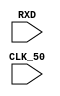
// Generator : SpinalHDL v1.4.3    git head : adf552d8f500e7419fff395b7049228e4bc5de26
// Component : TopLevel
// Git hash  : 70ccc53ccf1e06766e9b4aba6c2df3030f348071



module TopLevel (
  /* verilator lint_off UNUSED */
  input               RXD,
  /* verilator lint_off UNUSED */
  input               CLK_50
);
  /* verilator lint_off UNDRIVEN */
  wire                _zz_2;
  /* verilator lint_off UNDRIVEN */
  wire                _zz_3;
  wire                pll100_c0;
  wire                pll100_locked;
  wire                rstCtrl_io_globalReset;
  wire                bufferCC_1_io_dataOut;
  wire                _zz_1;

  /*pll pll100 (
    .inclk0    (CLK_50         ), //i
    .c0        (pll100_c0      ), //o
    .locked    (pll100_locked  )  //o
  );*/
  ResetController rstCtrl (
    .io_clock            (CLK_50                  ), //i
    .io_externalReset    (_zz_2                   ), //i
    .io_globalReset      (rstCtrl_io_globalReset  )  //o
  );
  BufferCC bufferCC_1 (
    .io_dataIn     (_zz_3                  ), //i
    .io_dataOut    (bufferCC_1_io_dataOut  ), //o
    .CLK_50        (CLK_50                 ), //i
    ._zz_1         (_zz_1                  )  //i
  );
  assign _zz_1 = (rstCtrl_io_globalReset || (! pll100_locked));
  assign _zz_3 = 1'b0;

endmodule

/* verilator lint_off DECLFILENAME */
module BufferCC (
/* verilator lint_off DECLFILENAME */
  input               io_dataIn,
  output              io_dataOut,
  input               CLK_50,
  input               _zz_1
);
  (* async_reg = "true" *) reg                 buffers_0;
  (* async_reg = "true" *) reg                 buffers_1;

  assign io_dataOut = buffers_1;
  always @ (posedge CLK_50 or posedge _zz_1) begin
    if (_zz_1) begin
      buffers_0 <= 1'b1;
      buffers_1 <= 1'b1;
    end else begin
      buffers_0 <= io_dataIn;
      buffers_1 <= buffers_0;
    end
  end


endmodule

module ResetController (
  input               io_clock,
  input               io_externalReset,
  output              io_globalReset
);
  wire       [0:0]    _zz_14;
  wire       [15:0]   _zz_15;
  wire       [0:0]    _zz_16;
  wire       [27:0]   _zz_17;
  reg                 _zz_1;
  reg        [15:0]   _zz_2;
  reg        [15:0]   _zz_3 = 16'h0;
  wire                _zz_4;
  wire                _zz_5;
  reg                 _zz_6 = 1'b1;
  reg                 _zz_7;
  reg                 _zz_8;
  reg        [27:0]   _zz_9;
  reg        [27:0]   _zz_10 = 28'h0;
  wire                _zz_11;
  wire                _zz_12;
  reg                 io_externalReset_regNext = 1'b0;
  reg                 _zz_13;

  assign _zz_14 = _zz_1;
  assign _zz_15 = {15'd0, _zz_14};
  assign _zz_16 = _zz_7;
  assign _zz_17 = {27'd0, _zz_16};
  always @ (*) begin
    _zz_1 = 1'b0;
    if(_zz_6)begin
      _zz_1 = 1'b1;
    end
  end

  assign _zz_4 = (_zz_3 == 16'hc34f);
  assign _zz_5 = (_zz_4 && _zz_1);
  always @ (*) begin
    if(_zz_5)begin
      _zz_2 = 16'h0;
    end else begin
      _zz_2 = (_zz_3 + _zz_15);
    end
    if(1'b0)begin
      _zz_2 = 16'h0;
    end
  end

  always @ (*) begin
    _zz_7 = 1'b0;
    if(io_externalReset)begin
      _zz_7 = 1'b1;
    end
  end

  always @ (*) begin
    _zz_8 = 1'b0;
    if((io_externalReset && (! io_externalReset_regNext)))begin
      _zz_8 = 1'b1;
    end
  end

  assign _zz_11 = (_zz_10 == 28'h8f0d17f);
  assign _zz_12 = (_zz_11 && _zz_7);
  always @ (*) begin
    if(_zz_12)begin
      _zz_9 = 28'h0;
    end else begin
      _zz_9 = (_zz_10 + _zz_17);
    end
    if(_zz_8)begin
      _zz_9 = 28'h0;
    end
  end

  assign io_globalReset = _zz_13;
  always @ (posedge io_clock) begin
    _zz_3 <= _zz_2;
    if(_zz_4)begin
      _zz_6 <= 1'b0;
    end
    _zz_10 <= _zz_9;
    io_externalReset_regNext <= io_externalReset;
  end

  always @ (posedge io_clock) begin
    _zz_13 <= (_zz_6 || _zz_12);
  end


endmodule